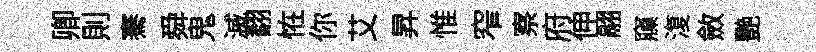
卿則騫舜鬼滅翻恠你艾昇惟窄察府伸翮䆿𣸪斂艷